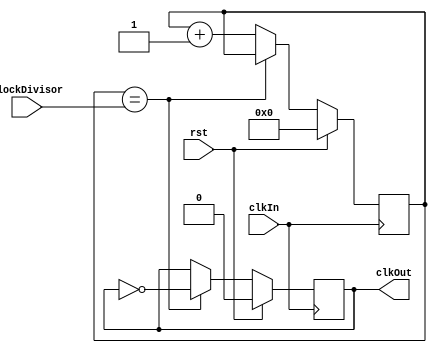
module ClockDivisor(
    input clkIn,
    input rst,
    output reg clkOut,
    input [CLOCK_DIVISOR_WIDTH-1:0] clockDivisor,
);
    parameter CLOCK_DIVISOR_WIDTH=24;
    reg [CLOCK_DIVISOR_WIDTH-1:0] counter;
    initial begin
        counter = 0;
        clkOut = 0;
    end
    always @(posedge clkIn) begin
        if(rst) begin
            counter <= 0;
            clkOut <= 0;
        end else begin
            if(counter == clockDivisor) begin
                clkOut <= ~clkOut;
            end else begin
                counter <= counter + 1;
            end
        end
    end
endmodule